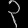
Digit: ၃